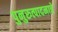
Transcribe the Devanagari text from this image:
पुनुरुत्पादनाचे